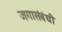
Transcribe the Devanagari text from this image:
जगासंबंधी